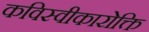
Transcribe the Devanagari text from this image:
कविस्वीकारोक्ति